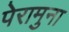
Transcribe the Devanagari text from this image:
पेरामुना